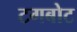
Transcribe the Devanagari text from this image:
टगबोट